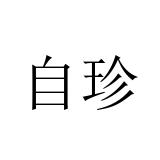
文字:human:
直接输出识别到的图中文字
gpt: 自珍